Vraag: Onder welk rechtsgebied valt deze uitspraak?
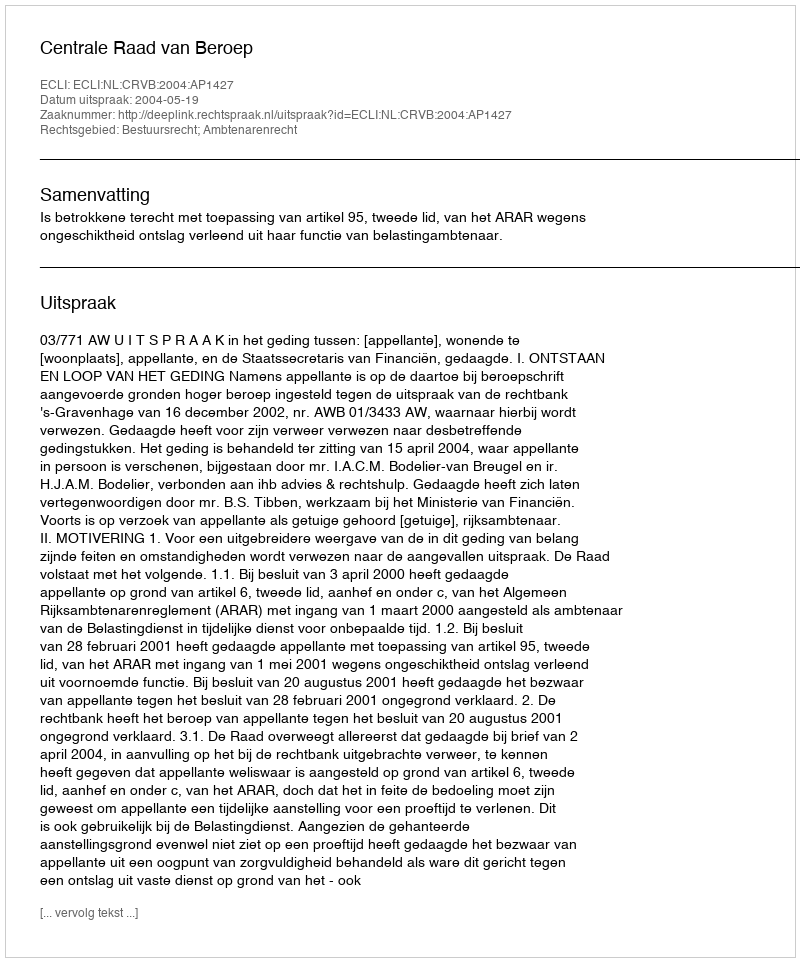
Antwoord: Bestuursrecht; Ambtenarenrecht